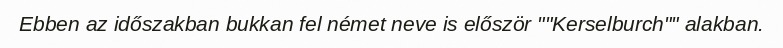
Ebben az időszakban bukkan fel német neve is először ""Kerselburch"" alakban.